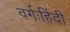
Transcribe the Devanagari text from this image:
वर्गःहिंदी